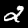
Label: 2